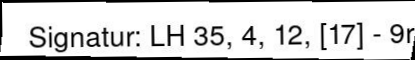
Signatur. LH35, 4, 12,1171-97